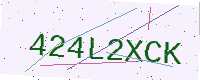
Text: 424L2XCK